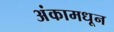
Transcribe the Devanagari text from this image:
अंकामधून